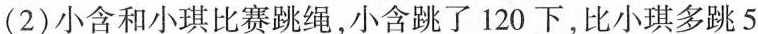
(2)小含和小琪比赛跳绳，小含跳了120下，比小琪多跳5